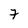
Character: 7